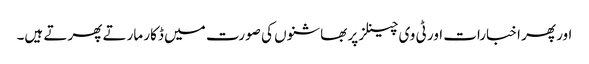
اور پھر اخبارات اور ٹی وی چینلز پر بھاشنوں کی صورت میں ڈکار مارتے پھرتے ہیں۔